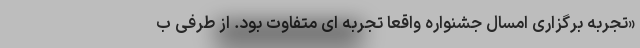
«تجربه برگزاری امسال جشنواره واقعا تجربه ای متفاوت بود. از طرفی ب